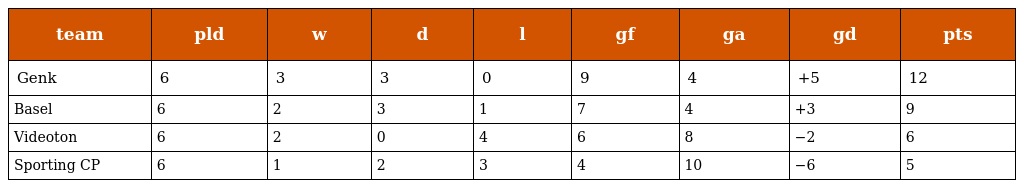
| team | pld | w | d | l | gf | ga | gd | pts |
 | --- | --- | --- | --- | --- | --- | --- | --- | --- |
 | Genk | 6 | 3 | 3 | 0 | 9 | 4 | +5 | 12 |
 | Basel | 6 | 2 | 3 | 1 | 7 | 4 | +3 | 9 |
 | Videoton | 6 | 2 | 0 | 4 | 6 | 8 | −2 | 6 |
 | Sporting CP | 6 | 1 | 2 | 3 | 4 | 10 | −6 | 5 |